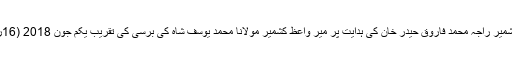
30 مئی2018ء) وزیر اعظم آزاد حکومت ریاست جموںو کشمیر راجہ محمد فاروق حیدر خان کی ہدایت پر میر واعظ کشمیر مولانا محمد یوسف شاہ کی برسی کی تقریب یکم جون 2018 (16رمضان المبارک ) میونسپل کارپوریشن ہال میں منعقد ہو گی ۔